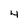
Character: 4